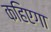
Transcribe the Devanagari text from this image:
कहिएगा